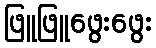
ဖြူဖြူဖွေးဖွေး